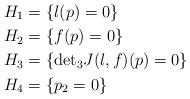
LaTeX: \begin{align*}H_1&=\left\{ l(p)=0 \right\}\\H_2&=\left\{ f(p)=0 \right\}\\H_3&=\left\{ {\det}_3J(l,f)(p)=0 \right\}\\H_4&=\left\{ p_2=0 \right\}\end{align*}